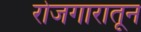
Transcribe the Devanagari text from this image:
रोजगारातून